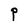
Character: P